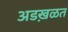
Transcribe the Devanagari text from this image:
अडख़ळत